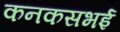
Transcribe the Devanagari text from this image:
कनकसभई